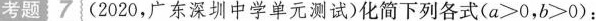
考题：7 (2020，广东深圳中学单元测试)化简下列各式($$a > 0$$，$$b > 0$$)：